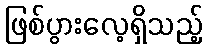
ဖြစ်ပွားလေ့ရှိသည့်